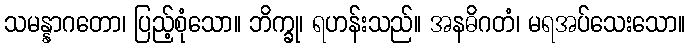
သမန္နာဂတော၊ ပြည့်စုံသော။ ဘိက္ခု၊ ရဟန်းသည်။ အနဓိဂတံ၊ မရအပ်သေးသော။